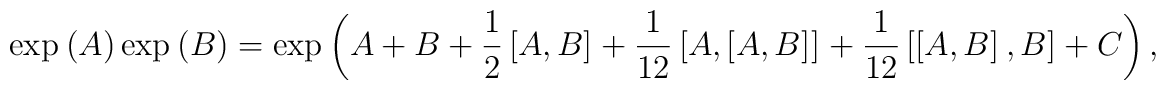
\exp_{\* }\left(  A\right)  \* \exp_{\*}\left(  B\right)=\exp_{\*}\left( A+B+\frac{1}{2}\left[  A,B\right]  _{\*}+\frac{1}{12}\left[  A,\left[ A,B\right]  _{\*}\right]  _{\*}+\frac{1}{12}\left[  \left[ A,B\right]  _{\*},B\right]  _{\*} + C \right),